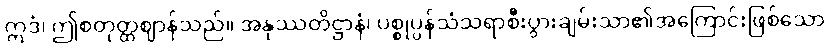
ဣဒံ၊ ဤစတုတ္ထဈာန်သည်။ အနုဿတိဋ္ဌာနံ၊ ပစ္စုပ္ပန်သံသရာစီးပွားချမ်းသာ၏အကြောင်းဖြစ်သော